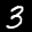
Label: 3